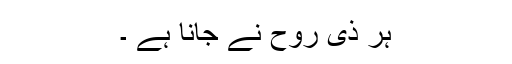
ہر ذی روح نے جانا ہے ۔